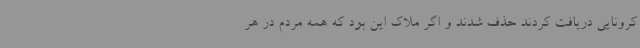
کرونایی دریافت کردند حذف شدند و اگر ملاک این بود که همه مردم در هر